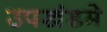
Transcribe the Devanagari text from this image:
उपखंडमे